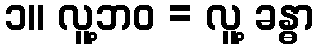
၁။ လူ့ဘဝ = လူ့ ခန္ဓာ